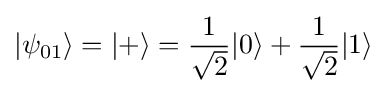
|\psi _{01}\rangle =|+\rangle ={\frac {1}{\sqrt {2}}}|0\rangle +{\frac {1}{\sqrt {2}}}|1\rangle